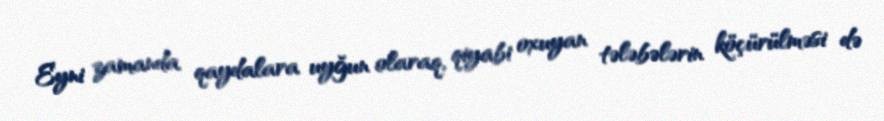
Eyni zamanda qaydalara uyğun olaraq, qiyabi oxuyan tələbələrin köçürülməsi də